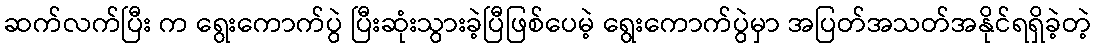
ဆက်လက်ပြီး က ရွေးကောက်ပွဲ ပြီးဆုံးသွားခဲ့ပြီဖြစ်ပေမဲ့ ရွေးကောက်ပွဲမှာ အပြတ်အသတ်အနိုင်ရရှိခဲ့တဲ့